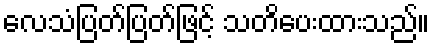
လေသံပြတ်ပြတ်ဖြင့် သတိပေးထားသည်။